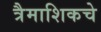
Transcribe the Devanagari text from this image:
त्रैमाशिकचे